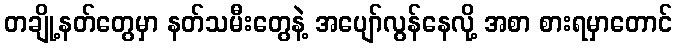
တချို့နတ်တွေမှာ နတ်သမီးတွေနဲ့ အပျော်လွန်နေလို့ အစာ စားရမှာတောင်